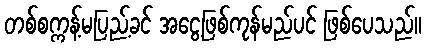
တစ်စက္ကန့်မပြည့်ခင် အငွေ့ဖြစ်ကုန်မည်ပင် ဖြစ်ပေသည်။